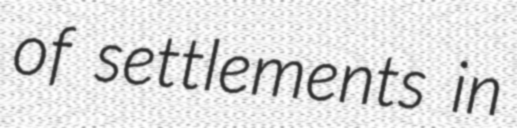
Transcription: of settlements in